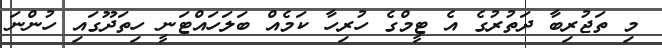
މި ތަޖުރިބާ ދަތުރުގެ އެ ޓީމްގެ ހުރިހާ ކަމެއް ބަލަހައްޓަނީ ހިތަދޫގައި ހުންނަ